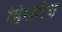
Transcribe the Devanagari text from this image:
डिथारैव